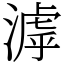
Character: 滹